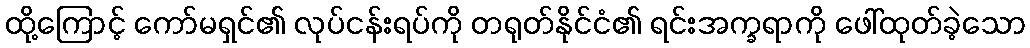
ထို့ကြောင့် ကော်မရှင်၏ လုပ်ငန်းရပ်ကို တရုတ်နိုင်ငံ၏ ရင်းအက္ခရာကို ဖေါ်ထုတ်ခဲ့သော